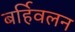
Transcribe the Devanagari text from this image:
बर्हिवलन